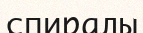
спиралы